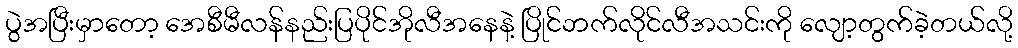
ပွဲအပြီးမှာတော့ အေစီမီလန်နည်းပြပိုင်အိုလီအနေနဲ့ ပြိုင်ဘက်လိုင်လီအသင်းကို လျော့တွက်ခဲ့တယ်လို့